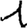
Digit: 1